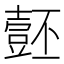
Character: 𱘡